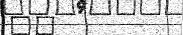
٥٣